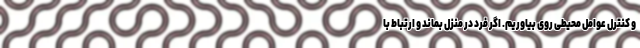
و کنترل عوامل محیطی روی بیاوریم. اگر فرد در منزل بماند و ارتباط با